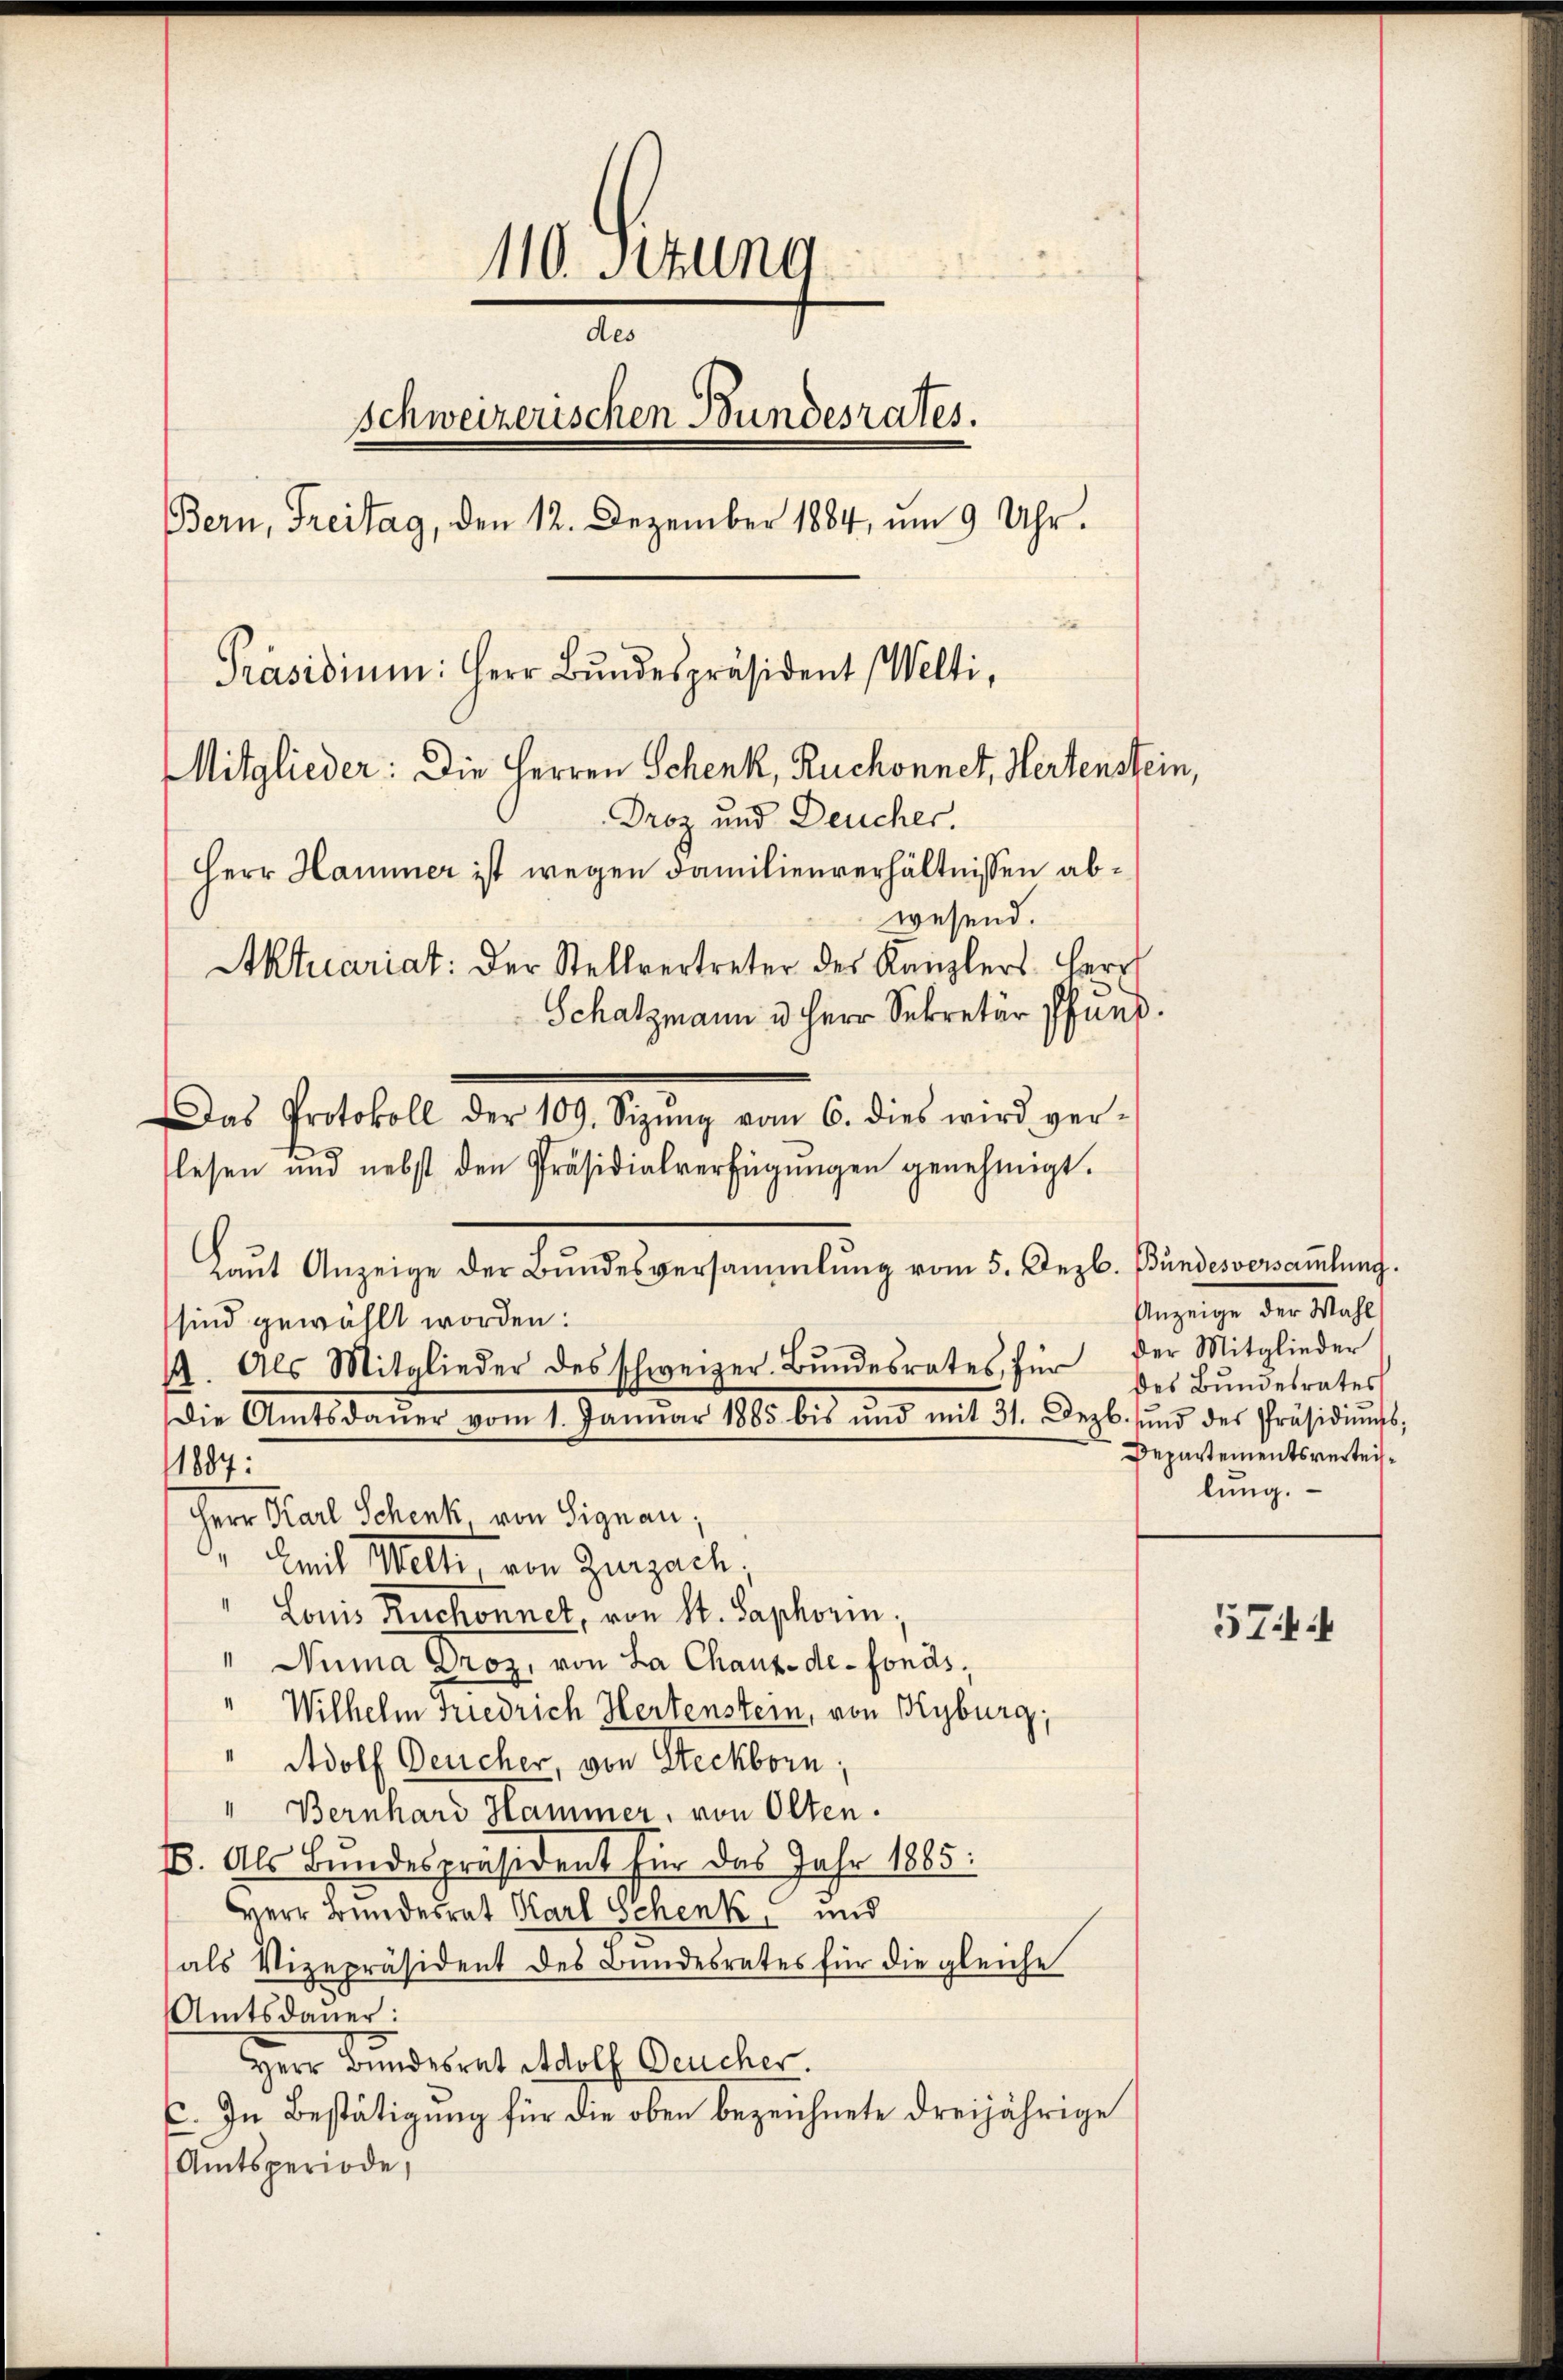
110. Stung
des
Schweizerischen Bundesrates.
Bern, Freitag, den 12. Dezember 1884, um 9 Uhr.
Präsidiŭm: Herr Bŭndespräsident Welti,
Mitglieder: Die Herren Schenk, Ruchonnet, Hertenstein,
Droz und Deucher.
Herr Hammer ist wegen Familienverhältnissen abwesend.
Aktuariat: Der Stellvertreter des Kanzlers Herr
Schatzmann u. Herr Sekretär Pfung.
Das Protokoll der 109. Sizŭng vom 6. dies wird ver-

lesen und nebst den Präsidialverfügŭngen genehmigt.
Laŭt Anzeige der Bundesversammlung vom 5. Dezb. Bundesversamlung.
sind gewählt worden:
1887:
Smit Welte, von Zurzach.
" Louis Ruchonnet, von St. Saphorin
" Nina Droz, von La Chaux-de-Fonds,
"Wilhelm Friedrich Hertenstein, von Kyburg,
Adolf Deucher, von Steckborn,
Bernhard Hammer, von Olten.
E. Als Bundespräsident für das Jahr 1865:
Herr Bundesrat Karl Schenk, und
als Vizepräsident des Bundesrates für die gleiche
Amtsdauer:
Herr Bundesrat Adolf Deucher.
C. In Bestätigung für die oben bezeichnete dreijährige
Amtsperiode,

19. Als Mitglieder des Schweizer. Bŭndesrates, für der Mitglieder
die Amtsdaŭer vom 1. Janŭar 1885 bis und mit 31. Dezb. ŭnd des Präsidiŭms.
Herr Karl Schenk, von Signau;

Anzeige der Wahl
des Bundesrates
Departementsverteislung.

5744